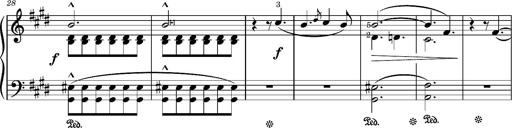
Title: Romance oubliÃ©e
Composer: Franz Liszt